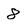
Character: 8